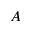
A